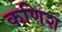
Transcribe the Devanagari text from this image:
कणिश